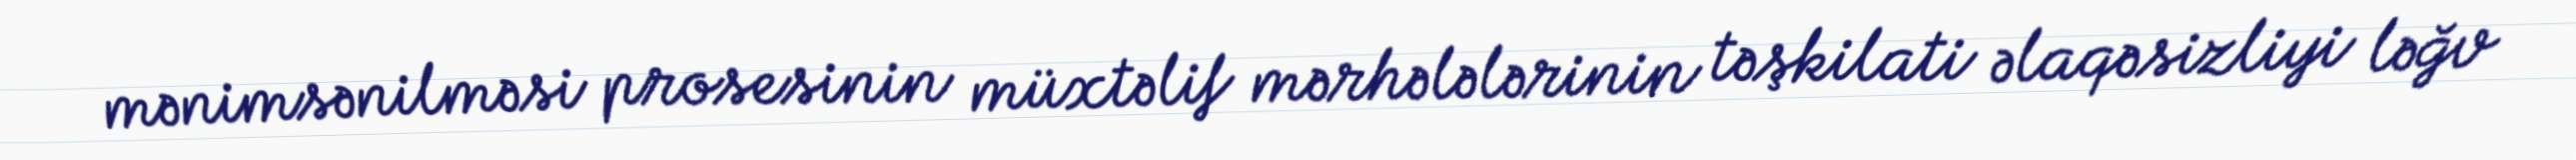
mənimsənilməsi prosesinin müxtəlif mərhələlərinin təşkilati əlaqəsizliyi ləğv